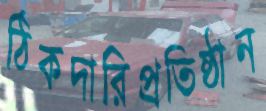
ঠিকদারিপ্রতিষ্ঠান